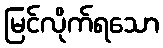
မြင်လိုက်ရသော